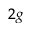
_ { 2 g }